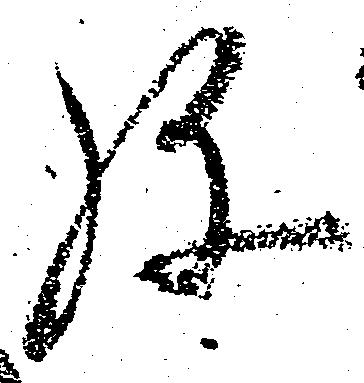
弥